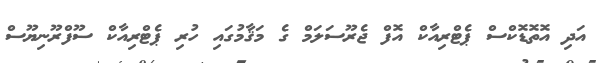
އަދި އޮތޮޑޮކްސް ޕެޓްރިއާކް އޮފް ޖެރޫސަލަމް ގެ މަޤާމުގައި ހުރި ޕެޓްރިއާކް ސޫފްރޫނިޔޫސް